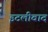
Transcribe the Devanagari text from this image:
इटलीवाद